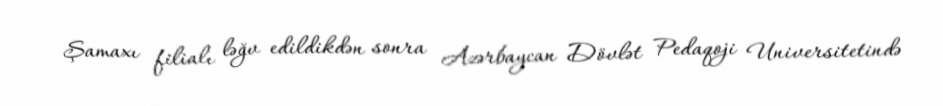
Şamaxı filialı ləğv edildikdən sonra Azərbaycan Dövlət Pedaqoji Universitetində